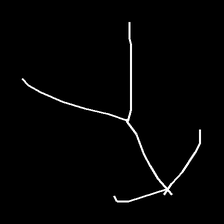
Glyph: gather